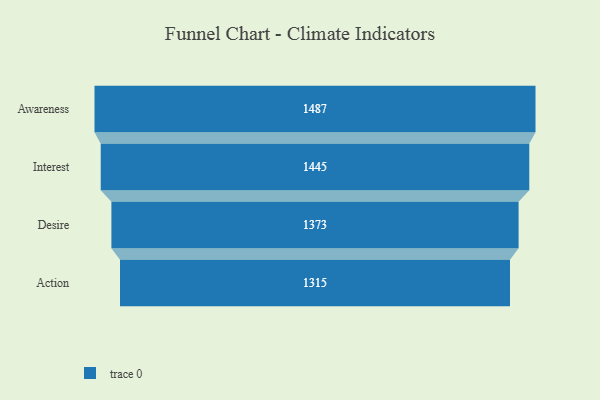
{"axis": {"x": "Stage", "y": "Value"}, "legend": [""], "data": [{"x": "Awareness", "y": 1487.0, "type": ""}, {"x": "Interest", "y": 1445.0, "type": ""}, {"x": "Desire", "y": 1373.0, "type": ""}, {"x": "Action", "y": 1315.0, "type": ""}]}